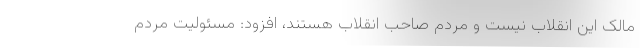
مالک این انقلاب نیست و مردم صاحب انقلاب هستند، افزود: مسئولیت مردم